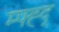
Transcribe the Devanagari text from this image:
म्फ्ह्द्